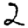
Digit: 2